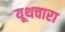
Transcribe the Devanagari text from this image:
यूथचारा